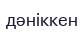
дәніккен